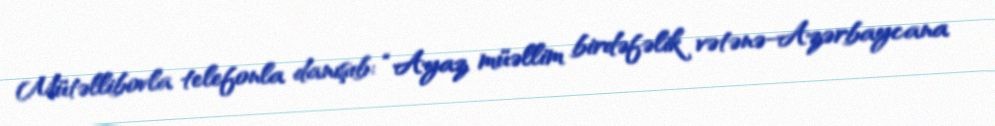
Mütəllibovla telefonla danışıb: “Ayaz müəllim birdəfəlik vətənə-Azərbaycana